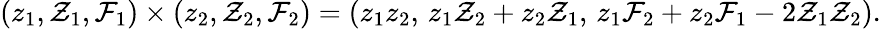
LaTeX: (z_{1},{\cal Z}_{1},{\cal F}_{1})\times(z_{2},{\cal Z}_{2},{\cal F}_{2})=(z_{1}z_{2},\, z_{1}{\cal Z}_{2}+z_{2}{\cal Z}_{1},\, z_{1}{\cal F}_{2}+z_{2}{\cal F}_{1}-2{\cal Z}_{1}{\cal Z}_{2}).